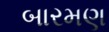
બારમણ